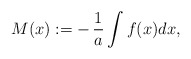
\begin{align*}M(x):=-\,{1\over a}\int f(x)dx,\end{align*}